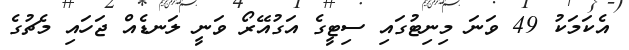
އެކަމަކު 49 ވަނަ މިނިޓުގައި ސިޓީގެ އަގުއޭރޯ ވަނީ ލަނޑެއް ޖަހައި މެޗުގެ